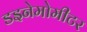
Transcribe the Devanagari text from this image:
डइनेमोमीटर